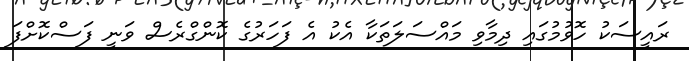
ރައީސަކު ހޮވުމުގައި ދިމާވި މައްސަލަތަކާ އެކު އެ ފަހަރުގެ ކޮންގްރެސް ވަނީ ފަސްކޮށްފަ